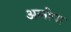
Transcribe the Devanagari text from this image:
अलोपा